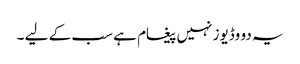
یہ دو وڈیوز نہیں پیغام ہے سب کے لیے ۔